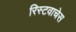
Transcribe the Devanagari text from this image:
रिस्टवाचेस